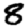
Digit: 8